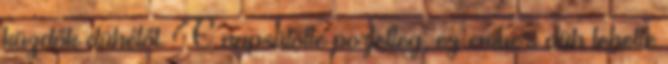
küzdők dühétől. E napsütötte porfelleg, ez emberi düh lehelte